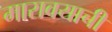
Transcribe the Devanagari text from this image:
मारावयाची